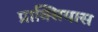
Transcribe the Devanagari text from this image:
प्राक्सियास